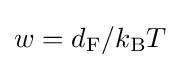
w=d_{\mathrm {F} }/k_{\mathrm {B} }T